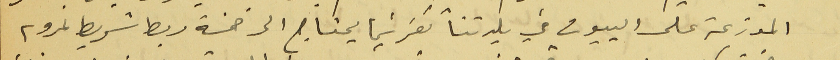
الموزعة على البيوت في بلدتنا كفرشيما يحتاج الى خمسة ربط شريط نمرو ٢